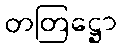
တတြဋ္ဌော